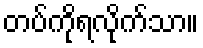
တပ်ကိုရလိုက်သာ။